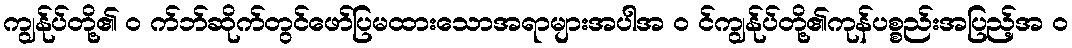
ကျွန်ုပ်တို့၏ ၀ က်ဘ်ဆိုက်တွင်ဖော်ပြမထားသောအရာများအပါအ ၀ င်ကျွန်ုပ်တို့၏ကုန်ပစ္စည်းအပြည့်အ ၀